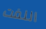
اللفت